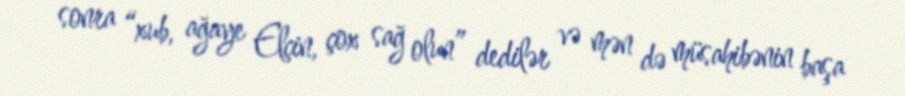
sonra “xub, ağaye Elçin, çox sağ olun” dedilər və mən də müsahibənin başa